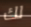
لك